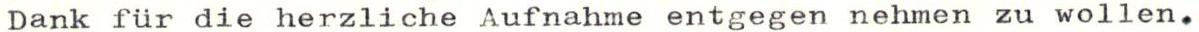
Dank für die herzliche Aufnahme entgegen nehmen zu wollen.